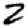
Digit: 2